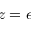
z = \epsilon